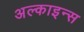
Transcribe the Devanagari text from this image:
अल्काइन्स